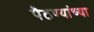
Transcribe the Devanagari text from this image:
पैठण्यांच्या